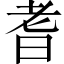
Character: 耆